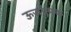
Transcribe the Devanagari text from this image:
ऊर्जात्मक